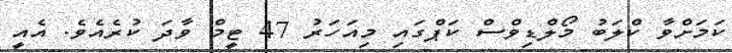
ކަމަށްވާ ކްލަބު މޯލްޑިވްސް ކަޕްގައި މިއަހަރު 47 ޓީމް ވާދަ ކުރެއެވެ. އެއީ